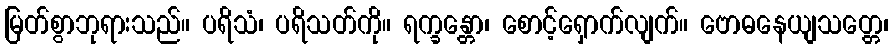
မြတ်စွာဘုရားသည်။ ပရိသံ၊ ပရိသတ်ကို။ ရက္ခန္တော၊ စောင့်ရှောက်လျက်။ ဗောဓနေယျသတ္တေ၊